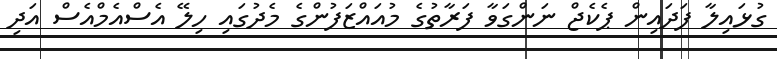
ގުޅައިލާ ފަދައިން ޕެކެޖް ނަންގަވާ ފަރާތުގެ މުއައްޒަފުންގެ މެދުގައި ހިލޭ އެސްއެމްއެސް އަދި